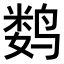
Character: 𬸞